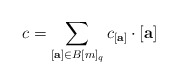
\begin{align*} c = \sum_{[\mathbf a] \in B[m]_q} c_{[\mathbf a]} \cdot [\mathbf a] \end{align*}